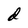
Character: d